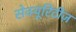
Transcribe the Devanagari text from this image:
सेक्यूरिटीज़